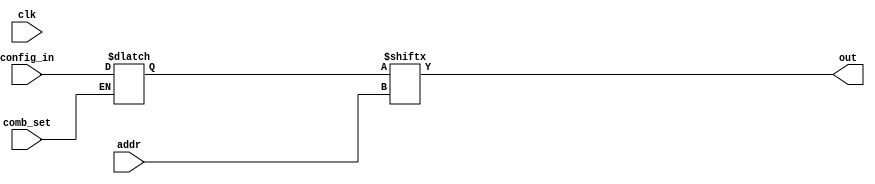
/* 
 * Block of latches for use of SLICEL
 * This exists to make it easier to swap in a custom config of latches
 */
module block_config_latches #(
    parameter ADDR_BITS=4, 
    parameter MEM_SIZE=2**ADDR_BITS,
    parameter PREDEC=0 // useful only for 4-LUT right now
) (
    // IO
    input [ADDR_BITS-1:0] addr, 
    output out,

    // Block Style Configuration
    input clk,
    input comb_set,
    input [MEM_SIZE-1:0] config_in
);

reg [MEM_SIZE-1:0] mem = 0;

generate
    if (PREDEC==1) begin
        wire [3:0] intermediate_out; // 4 muxes -> 1 predecoded mux
        wire [3:0] intermediate_use;
        genvar i;
        for (i = 0; i < MEM_SIZE/4; i=i+1) begin
            // Why won't this map as a 4-mux?
            //assign intermediate_out[i] = mem[4*i+addr[1:0]];

`ifdef USE_POWER_PINS
            sky130_fd_sc_hd__mux4_1 _TECHMAP_MUX4 (
                .X(intermediate_out[i]),
                .A0(mem[4*i]),
                .A1(mem[4*i + 1]),
                .A2(mem[4*i + 2]),
                .A3(mem[4*i + 3]),
                .S0(addr[0]),
                .S1(addr[1]),
                .VPWR(1'b1),
                .VGND(1'b0)
            );
`else
            sky130_fd_sc_hd__mux4_1 _TECHMAP_MUX4 (
                .X(intermediate_out[i]),
                .A0(mem[4*i]),
                .A1(mem[4*i + 1]),
                .A2(mem[4*i + 2]),
                .A3(mem[4*i + 3]),
                .S0(addr[0]),
                .S1(addr[1])
            );
`endif
            transmission_gate tg(intermediate_out[i], out, intermediate_use[i]);
            if (i==0)
                assign intermediate_use[i] = ~addr[ADDR_BITS-1] & ~addr[ADDR_BITS-2];
            else if (i==1) 
                assign intermediate_use[i] = ~addr[ADDR_BITS-1] & addr[ADDR_BITS-2];
            else if (i==2) 
                assign intermediate_use[i] = addr[ADDR_BITS-1] & ~addr[ADDR_BITS-2];
            else 
                assign intermediate_use[i] = addr[ADDR_BITS-1] & addr[ADDR_BITS-2];
        end
    end
    else begin
        assign out = mem[addr];
    end
endgenerate

// Block Style Configuration Logic
always @(clk) begin
    if (comb_set) begin
        mem = config_in;
    end
end

endmodule